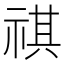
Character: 祺